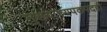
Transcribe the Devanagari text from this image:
मुख्याध्यपकपदही